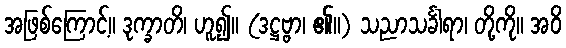
အဖြစ်ကြောင့်။ ဒုက္ခာတိ၊ ဟူ၍။ (ဒဋ္ဌဗ္ဗာ၊ ၏။) သညာသင်္ခါရာ၊ တို့ကို။ အဝိ